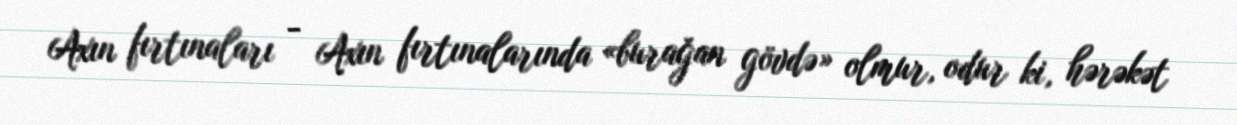
Axın fırtınaları - Axın fırtınalarında «burağan gövdə» olmur, odur ki, hərəkət